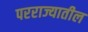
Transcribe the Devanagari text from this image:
परराज्यातील